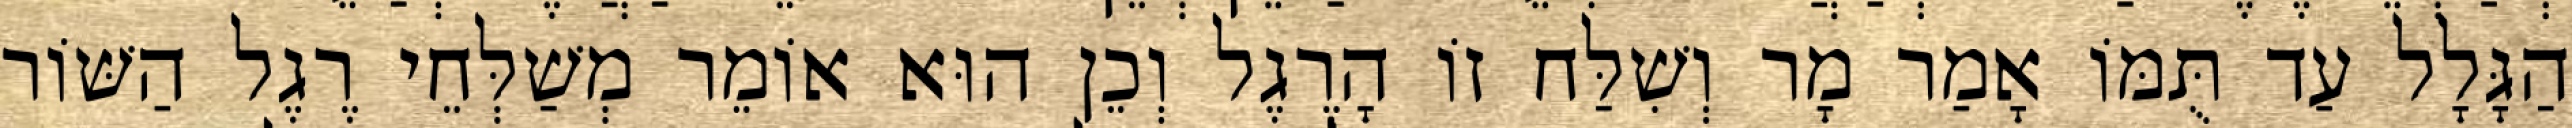
הַגָּלָל עַד תֻּמּוֹ אָמַר מָר וְשִׁלַּח זוֹ הָרֶגֶל וְכֵן הוּא אוֹמֵר מְשַׁלְּחֵי רֶגֶל הַשּׁוֹר